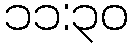
၁၁:၃၀